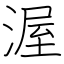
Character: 渥